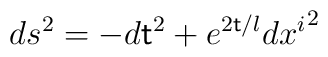
ds^{2}= - d{\sf t}^{2} + e^{2{\sf t}/l}d{x^i}^2